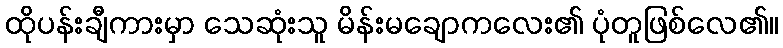
ထိုပန်းချီကားမှာ သေဆုံးသူ မိန်းမချောကလေး၏ ပုံတူဖြစ်လေ၏။